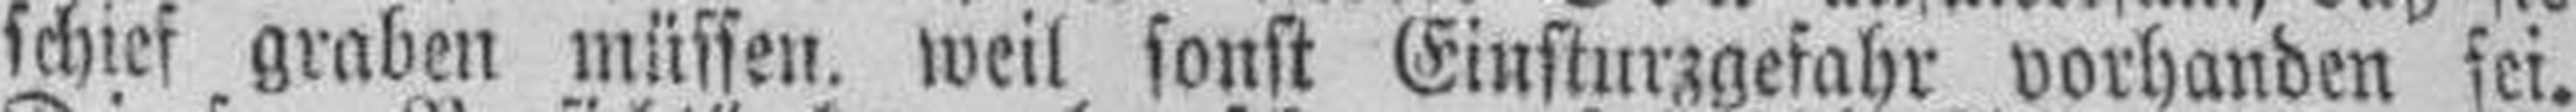
schief graben müssen, weil sonst Einsturzgefahr vorhanden fei.